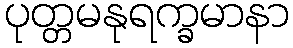
ပုတ္တမနုရက္ခမာနာ